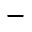
^ { - }